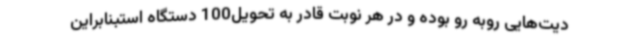
دیت‌هایی روبه رو بوده و در هر نوبت قادر به تحویل100 دستگاه استبنابراین